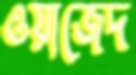
ওয়াজেদ